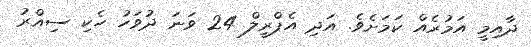
ދާއިމީ އަމުރެއް ކަމަށެވެ. އަދި އެޕްރީލް 24 ވަނަ ދުވަހު ހެކި ސިއްރު